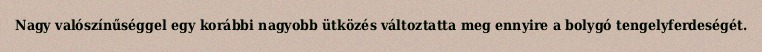
Nagy valószínűséggel egy korábbi nagyobb ütközés változtatta meg ennyire a bolygó tengelyferdeségét.